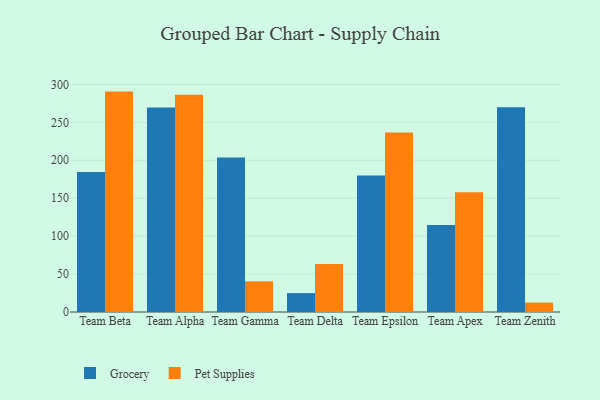
{"axis": {"x": "Team", "y": "Revenue (USD Million)"}, "legend": ["Grocery", "Pet Supplies"], "data": [{"x": "Team Beta", "y": 184.4, "type": "Grocery"}, {"x": "Team Beta", "y": 290.5, "type": "Pet Supplies"}, {"x": "Team Alpha", "y": 269.5, "type": "Grocery"}, {"x": "Team Alpha", "y": 286.2, "type": "Pet Supplies"}, {"x": "Team Gamma", "y": 203.8, "type": "Grocery"}, {"x": "Team Gamma", "y": 40.4, "type": "Pet Supplies"}, {"x": "Team Delta", "y": 24.9, "type": "Grocery"}, {"x": "Team Delta", "y": 63.4, "type": "Pet Supplies"}, {"x": "Team Epsilon", "y": 179.9, "type": "Grocery"}, {"x": "Team Epsilon", "y": 236.7, "type": "Pet Supplies"}, {"x": "Team Apex", "y": 114.7, "type": "Grocery"}, {"x": "Team Apex", "y": 157.7, "type": "Pet Supplies"}, {"x": "Team Zenith", "y": 270.0, "type": "Grocery"}, {"x": "Team Zenith", "y": 12.4, "type": "Pet Supplies"}]}